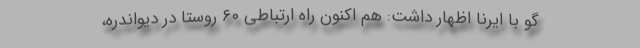
گو با ایرنا اظهار داشت: هم اکنون راه ارتباطی ۶۰ روستا در دیواندره،